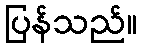
ပြန်သည်။